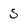
Character: S